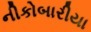
નીકોબારીયા